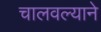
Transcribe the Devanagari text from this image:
चालवल्याने